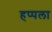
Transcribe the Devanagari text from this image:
हप्पला